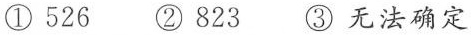
①526 ②823 ③无法确定